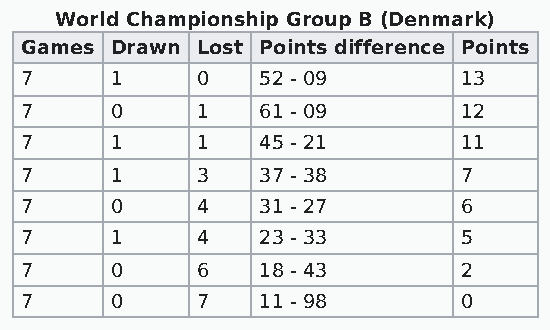
World Championship Group B (Denmark)
 Games Drawn Lost Points difference Points
 7     1     0   52 - 09       13
 7     0     1   61 - 09       12
 7     1     1   45 - 21       11
 7     1     3   37 - 38       7
 7     0     4   31 - 27       6
 7     1     4   23 - 33       5
 7     0     6   18 - 43       2
 7     0     7   11 - 98       0